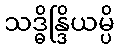
သဒ္ဓိန္ဒြိယမ္ပိ